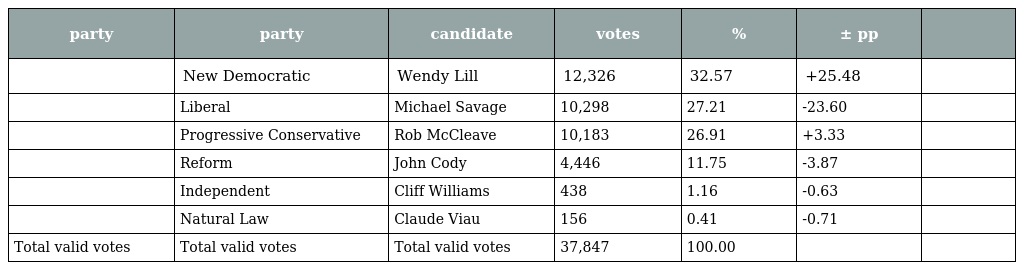
| party | party | candidate | votes | % | ± pp |  |
 | --- | --- | --- | --- | --- | --- | --- |
 |  | New Democratic | Wendy Lill | 12,326 | 32.57 | +25.48 |  |
 |  | Liberal | Michael Savage | 10,298 | 27.21 | -23.60 |  |
 |  | Progressive Conservative | Rob McCleave | 10,183 | 26.91 | +3.33 |  |
 |  | Reform | John Cody | 4,446 | 11.75 | -3.87 |  |
 |  | Independent | Cliff Williams | 438 | 1.16 | -0.63 |  |
 |  | Natural Law | Claude Viau | 156 | 0.41 | -0.71 |  |
 | Total valid votes | Total valid votes | Total valid votes | 37,847 | 100.00 |  |  |